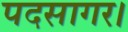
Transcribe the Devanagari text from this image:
पदसागर।